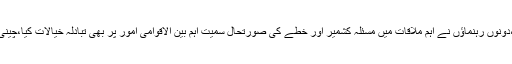
وزیر اعظم عمران خان کی چینی ہم منصب سے ہونیوالی ملاقات کا اعلامیہ جاری کردیا گیاہے ،دونوں رہنماﺅں نے اہم ملاقات میں مسئلہ کشمیر اور خطے کی صورتحال سمیت اہم بین الاقوامی امور پر بھی تبادلہ خیالات کیا،چینی وزیراعظم نے سی پیک منصوبوں کو آگے بڑھانے پر وزیر اعظم عمران خان کا شکریہ ادا کیا۔